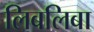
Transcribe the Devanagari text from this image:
लिबलिबा